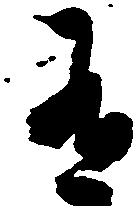
有